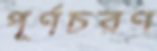
পূর্ণচরণ